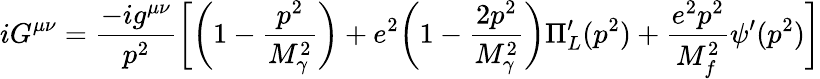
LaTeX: iG^{\mu\nu}=\frac{-ig^{\mu\nu}}{p^{2}}\biggl[\biggl(1-\frac{p^{2}}{M_{\gamma}^{2}}\biggr)+e^{2}\biggl(1-\frac{2p^{2}}{M_{\gamma}^{2}}\biggr)\Pi_{L}^{\prime}(p^{2})+\frac{e^{2}p^{2}}{M_{f}^{2}}\psi^{\prime}(p^{2})\biggr]